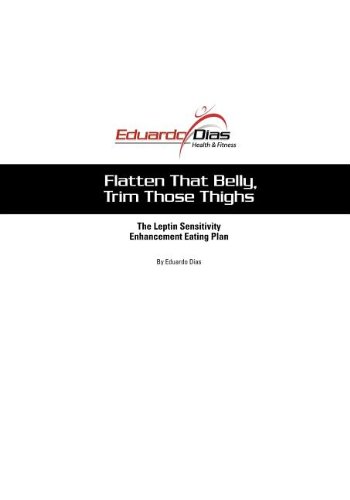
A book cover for Flatten That Belly, Trim Those Thighs; Eduardo Dias; Health, Fitness & Dieting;